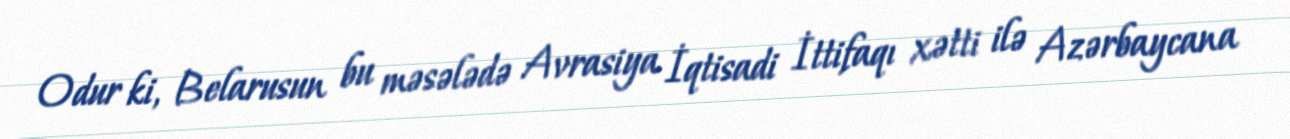
Odur ki, Belarusun bu məsələdə Avrasiya İqtisadi İttifaqı xətti ilə Azərbaycana